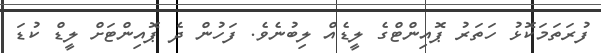
ފުރަތަމަކޮޅު ހަތަރު ޕޮއިންޓްގެ ލީޑެއް ލިބުނެވެ. ފަހުން ދެ ޕޮއިންޓަށް ލީޑް ކުޑަ